Annual statistical returns and brief notes on vaccination in Bengal - 1896-1909
Year: 1896
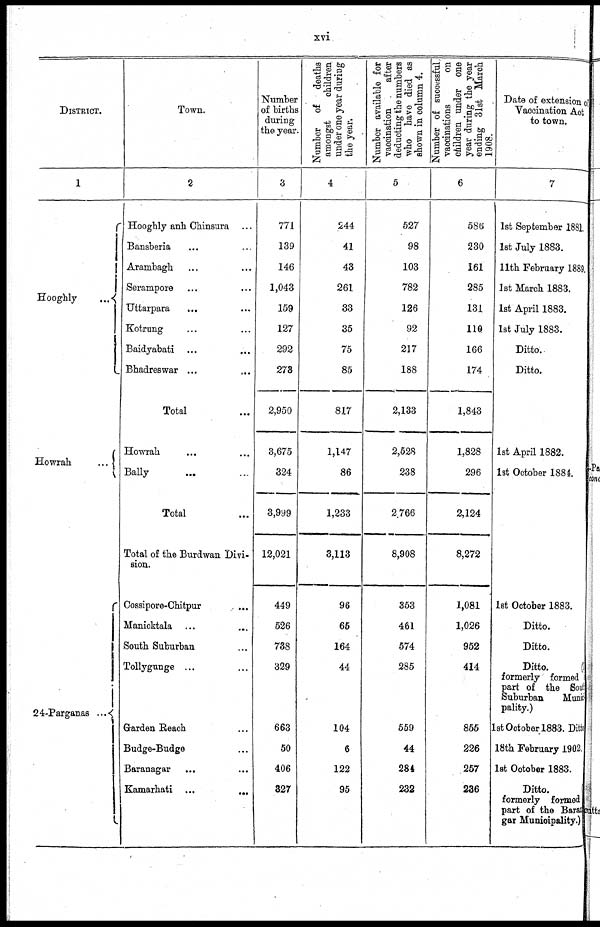
xvi
DISTRICT.
1
Hooghly...
Howrah
...
24-Parganas... ...
Town.
2
Hooghly anh Chinsura... ...
Bansberia... ...
Arambagh... ...
Serampore... ...
Uttarpara... ...
Kotrung... ...
Baidyabati... ...
Bhadreswar... ...
Total...
Howrah... ...
Bally... ...
Total...
Total of the Burdwan Divi-
sion.
Cossipore-Chitpur...
Manicktala... ...
South Suburban... ...
Tollygunge... ...
Garden Reach......
Budge-Budge... ...
Baranagar... ...
Kamarhati...
...
Number
of births
during
the year.
3
771
139
146
1,043
159
127
292
278
2,950
3,675
324
3,999
12,021
449
526
738
329
663
50
406
327
Number of deaths
amongst
children
under one year during
the year.
4
244
41
43
261
33
35
75
85
817
1,147
86
1,233
3,113
96
65
164
44
104
6
122
95
Number available for
vaccination
after
deducting the numbers
who have died as
shown in column 4.
5
527
98
103
782
126
92
217
188
2,133
2,528
238
2,766
8,908
353
461
574
285
559
44
284
232
Number of successful,
vaccinations
on
children under one
year during the year
ending 31st March
1908.
6
586
230
161
285
131
110
166
174
1,843
1,828
296
2,124
8,272
1,081
1,026
952
414
855
226
257
236
Date of extension of
Vaccination Act
to town.
7
1st September 1881.
1st July 1883.
11th February 1889.
1st March 1883.
1st April 1883.
1st July 1883.
Ditto..
Ditto.
1st April 1882.
1st October 1884
1st October 1883.
Ditto.
Ditto.
Ditto.
formerly formed
part of the Sout h
Suburban
Munici
pality.)
1st October 1883. Ditto
18th February 1902.
1st October 1883.
Ditto.
formerly formed
part of the Bara
gar Municipality.)